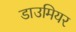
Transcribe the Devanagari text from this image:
डाउमियर